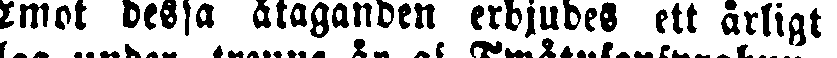
emot dessa åtaganden erbjudes ett årligt